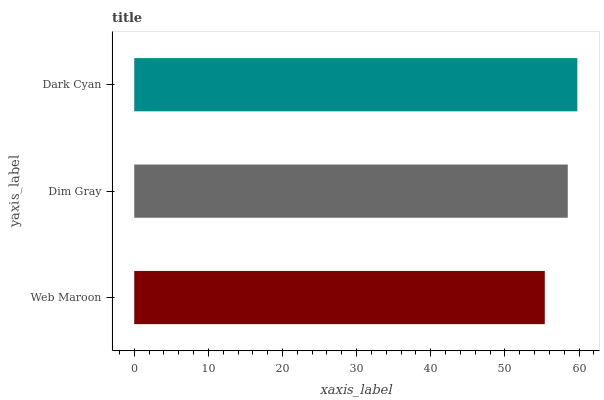
| yaxis_label | bars |
 | --- | --- |
 | Web Maroon | 55.4 |
 | Dim Gray | 58.5 |
 | Dark Cyan | 59.8 |